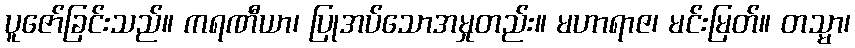
ပူဇော်ခြင်းသည်။ ကရဏီယာ၊ ပြုအပ်သောအမှုတည်း။ မဟာရာဇ၊ မင်းမြတ်။ တသ္မာ၊